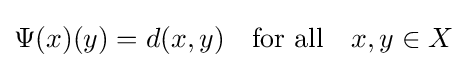
\Psi (x)(y)=d(x,y)\quad {\mbox{for all}}\quad x,y\in X